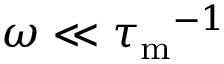
\omega \ll { \tau _ { \mathrm { m } } } ^ { - 1 }